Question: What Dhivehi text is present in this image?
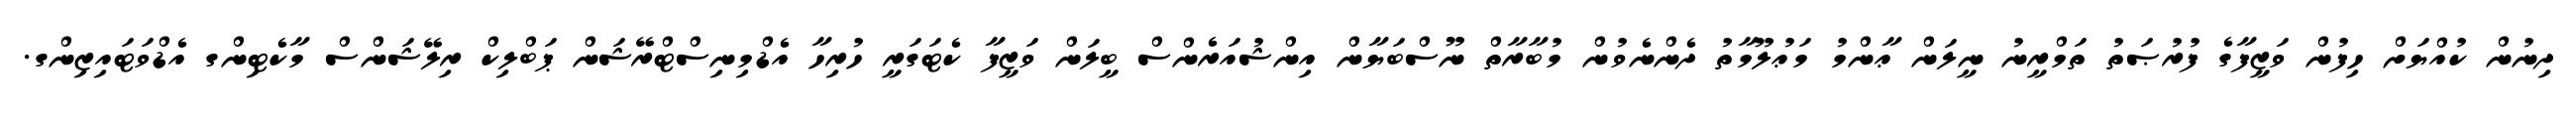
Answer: ދިނުން ކުއްޔަށް ހިފުން ވަޒީފާގެ ފުރުޞަތު ތަމްރީނު ނީލަން ޢާންމު މަޢުލޫމާތު ދެންނެވުން މުބާރާތް ނޫސްބަޔާން އިންޝުއަރެންސް ބީލަން ވަޒީފާ ކެޓަގަރީ ހުރިހާ އެޑްމިނިސްޓްރޭޝަން ޕަބްލިކް ރިލޭޝަންސް މާކެޓިންގ އެޑްވަޓައިޒިންގ.